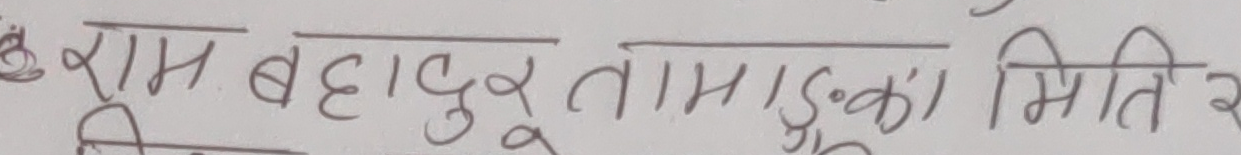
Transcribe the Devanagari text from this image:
राम बहादुर तामाङ्गका मिति २